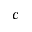
c